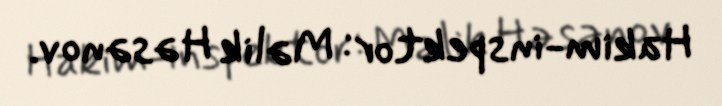
Hakim-inspektor: Məlik Həsənov.